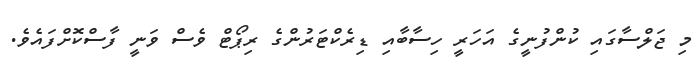
މި ޖަލްސާގައި ކުންފުނީގެ އަހަރީ ހިސާބާއި ޑިރެކްޓަރުންގެ ރިޕޯޓް ވެސް ވަނީ ފާސްކޮށްފައެވެ.